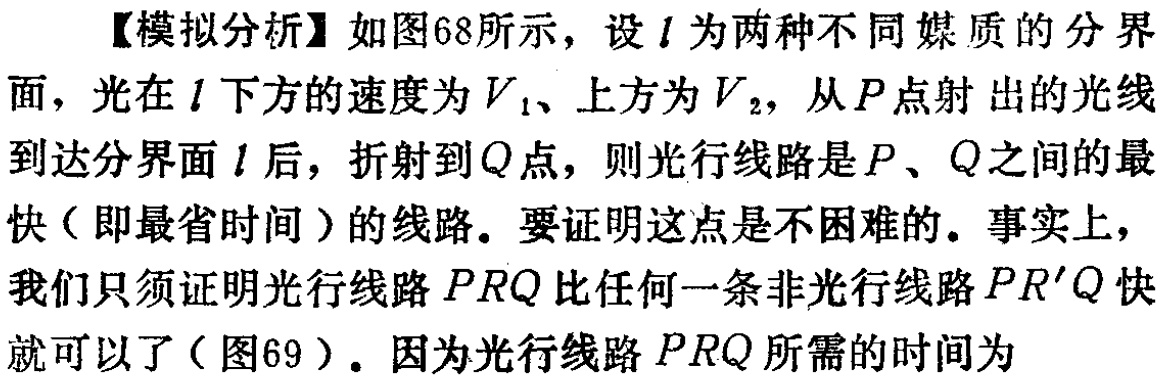
【模拟分析】如图68所示，设\(l\)为两种不同媒质的分界面，光在\(l\)下方的速度为\(V_{1}\)、上方为\(V_{2}\)，从\(P\)点射出的光线到达分界面\(l\)后，折射到\(Q\)点，则光行线路是\(P\)、\(Q\)之间的最快（即最省时间）的线路。要证明这点是不困难的。事实上，我们只须证明光行线路\(PRQ\)比任何一条非光行线路\(PR^{\prime}Q\)快就可以了（图69）。因为光行线路\(PRQ\)所需的时间为